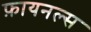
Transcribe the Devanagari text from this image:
फ़ायनल्स